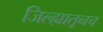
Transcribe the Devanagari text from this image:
जिल्ह्यातूनच